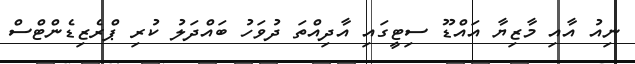
ނިއު އާއި މާޒިޔާ އައްޑޫ ސިޓީގައި އާދިއްތަ ދުވަހު ބައްދަލު ކުރި ޕްރެޒިޑެންޓްސް